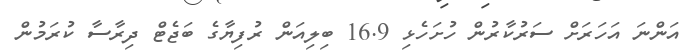
އަންނަ އަހަރަށް ސަރުކާރުން ހުށަހެޅި 16.9 ބިލިއަން ރުފިޔާގެ ބަޖެޓް ދިރާސާ ކުރަމުން